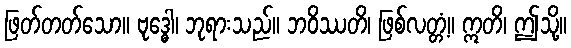
ဖြတ်တတ်သော။ ဗုဒ္ဓေါ၊ ဘုရားသည်။ ဘဝိဿတိ၊ ဖြစ်လတ္တံ့။ ဣတိ၊ ဤသို့။